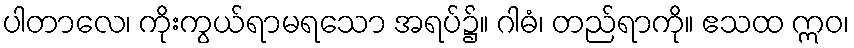
ပါတာလေ၊ ကိုးကွယ်ရာမရသော အရပ်၌။ ဂါဓံ၊ တည်ရာကို။ ဧသထ ဣဝ၊